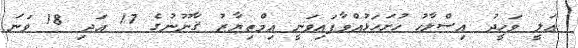
ޢަލީ ވަހީދު އިސްލާހު ހުށަހަޅުއްވާފައިވަނީ އިމްތިޔާޒު ޤާނޫނުގެ 17 އަދި 18 ވަނަ